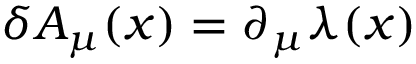
\delta A _ { \mu } ( x ) = \partial _ { \mu } \lambda ( x )